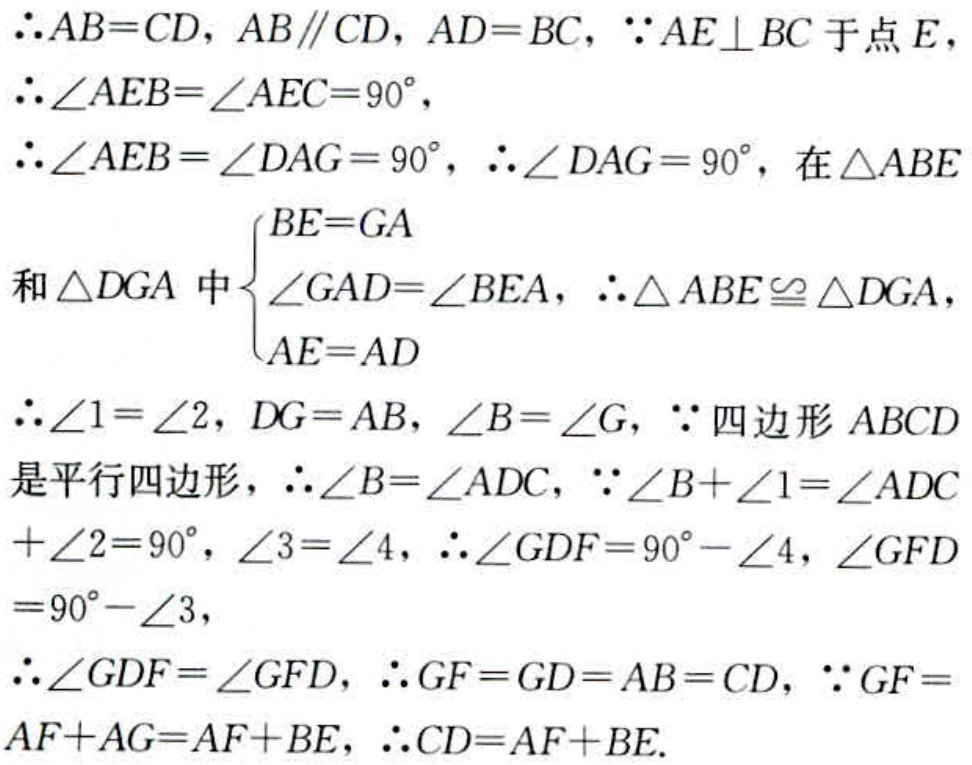
\(\therefore AB = CD, AB\parallel CD, AD = BC, \because AE\perp BC\) 于点 \(E\)，
\(\therefore\angle AEB=\angle AEC = 90^{\circ}\)，
\(\therefore\angle AEB=\angle DAG = 90^{\circ}, \therefore\angle DAG = 90^{\circ}\)，在 \(\triangle ABE\)
和 \(\triangle DGA\) 中\(\begin{cases}BE = GA\\\angle GAD=\angle BEA\\AE = AD\end{cases}\)，\(\therefore\triangle ABE\cong\triangle DGA\)，
\(\therefore\angle1=\angle2, DG = AB, \angle B=\angle G, \because\) 四边形 \(ABCD\)
是平行四边形，\(\therefore\angle B=\angle ADC, \because\angle B + \angle1=\angle ADC+\angle2 = 90^{\circ}, \angle3=\angle4, \therefore\angle GDF = 90^{\circ}-\angle4, \angle GFD\)
\(= 90^{\circ}-\angle3\)，
\(\therefore\angle GDF=\angle GFD, \therefore GF = GD = AB = CD, \because GF =\)
\(AF + AG = AF + BE, \therefore CD = AF + BE\).